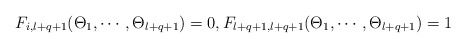
\begin{align*}F_{i,l+q+1}(\Theta_1,\cdots,\Theta_{l+q+1})=0,F_{l+q+1,l+q+1}(\Theta_1,\cdots,\Theta_{l+q+1})=1\end{align*}